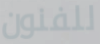
للفنون